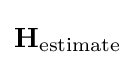
\mathbf {H} _{\textrm {estimate}}